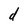
Character: d